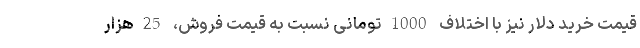
قیمت خرید دلار نیز با اختلاف 1000تومانی نسبت به قیمت فروش، 25هزار